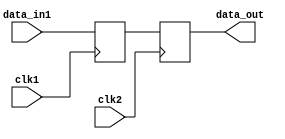
module Synchronizer (
    input wire clk1,       // Clock signal from domain 1
    input wire data_in1,   // Data input from domain 1
    output reg data_out,   // Synchronized data output to domain 2
    input wire clk2        // Clock signal from domain 2
);

reg data_reg;

always @(posedge clk1)
begin
    data_reg <= data_in1;
end

always @(posedge clk2)
begin
    data_out <= data_reg;
end

endmodule